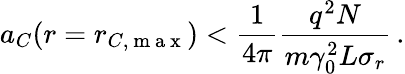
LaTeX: a_{C}(r=r_{C,\mathrm{~m~a~x~}})<\frac{1}{4\pi}\frac{q^{2}N}{m\gamma_{0}^{2}L\sigma_{r}}\, .